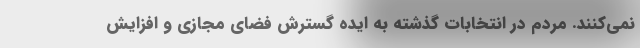
نمی‌کنند. مردم در انتخابات گذشته به ایده گسترش فضای مجازی و افزایش